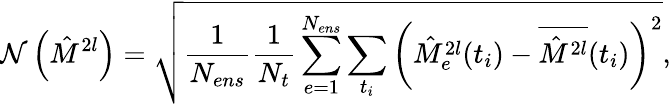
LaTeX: \mathcal{N}\left(\hat{M}^{2l}\right)=\sqrt{\frac{1}{N_{ens}}\frac{1}{N_{t}}\sum_{e=1}^{N_{ens}}\sum_{t_{i}}\left(\hat{M}_{e}^{2l}(t_{i})-\overline{{\hat{M}^{2l}}}(t_{i})\right)^{2}},